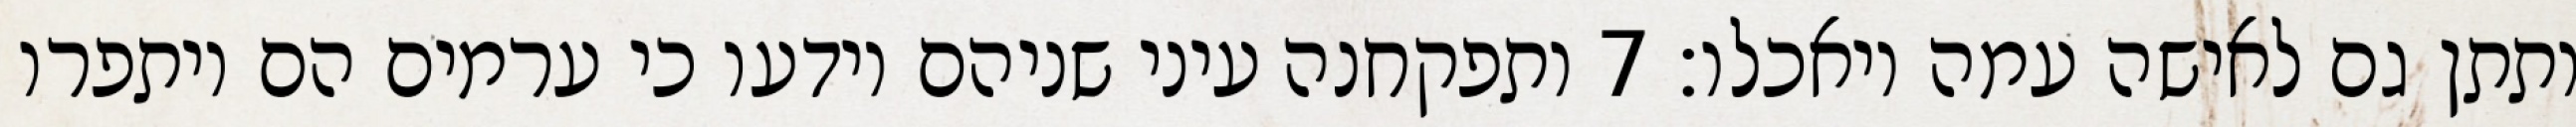
ותתן גם לאישה עמה ויאכלו׃ ‎7‏ ותפקחנה עיני שניהם וידעו כי ערמים הם ויתפרו